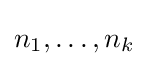
n_{1},\ldots ,n_{k}